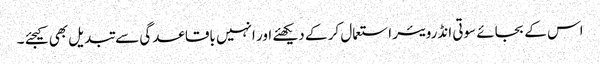
اس کے بجائے سوتی انڈرویئر استعمال کر کے دیکھئے اور انہیں باقاعدگی سے تبدیل بھی کیجئے ۔